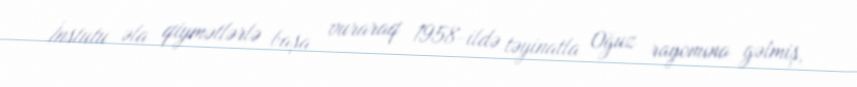
İnstutu əla qiymətlərlə başa vuraraq 1958-ildə təyinatla Oğuz rayonuna gəlmiş,